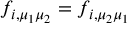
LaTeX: f _ { i , \mu _ { 1 } \mu _ { 2 } } = f _ { i , \mu _ { 2 } \mu _ { 1 } }